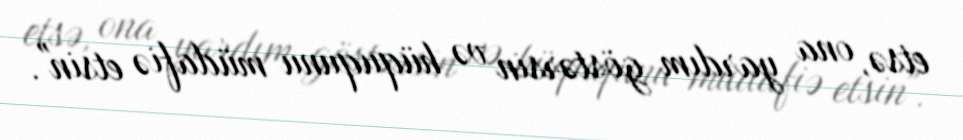
etsə, ona yardım göstərsin və hüququnu müdafiə etsin".